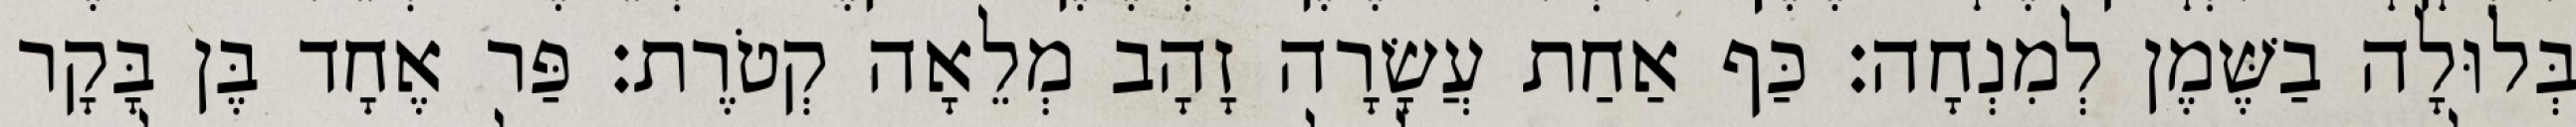
בְּלוּלָה בַשֶּׁמֶן לְמִנְחָה׃ כַּף אַחַת עֲשָׂרָה זָהָב מְלֵאָה קְטֹרֶת׃ פַּר אֶחָד בֶּן בָּקָר